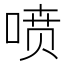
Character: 喷